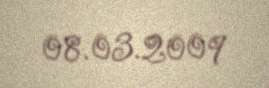
08.03.2009